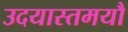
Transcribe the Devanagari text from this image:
उदयास्तमयौ